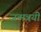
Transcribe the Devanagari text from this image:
जन्मत्रयी